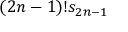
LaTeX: ( 2 n - 1 ) ! s _ { 2 n - 1 }